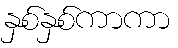
နှစ်နှစ်ကာကာ